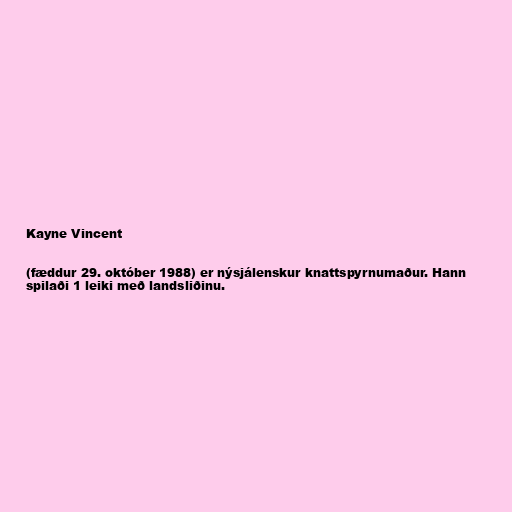
Kayne Vincent

(fæddur 29. október 1988) er nýsjálenskur knattspyrnumaður. Hann
spilaði 1 leiki með landsliðinu.